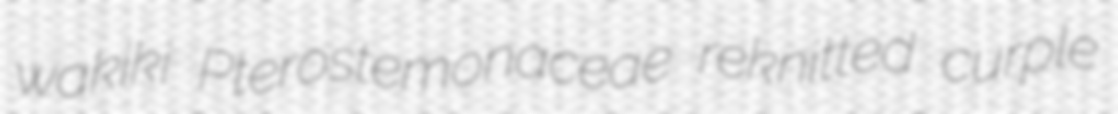
wakiki Pterostemonaceae reknitted curple